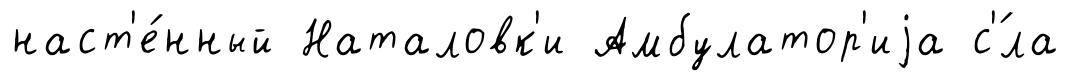
наст'е́нный Наталовк'и Амбулатор'иjа с'́ла